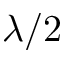
\lambda / 2